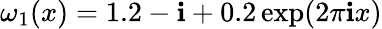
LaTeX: \omega_{1}(x)=1.2-\mathbf{i}+0.2\exp(2\pi\mathbf{i}x)